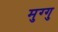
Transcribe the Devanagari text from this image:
मुग्गु